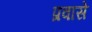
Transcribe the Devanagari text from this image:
प्रवासे